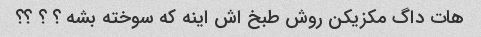
هات داگ مکزیکن روش طبخ اش اینه که سوخته بشه ؟ ؟ ؟؟